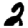
Digit: 2